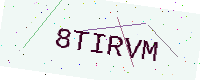
Text: 8TIRVM